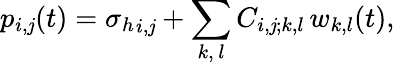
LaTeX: p_{i,\mathit{j}}(t)={\sigma_{h}}_{i,\mathit{j}}+\sum_{k,\, l}C_{i,\mathit{j};k,l}\, w_{k,l}(t),